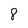
Character: 8